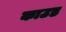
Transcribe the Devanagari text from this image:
काउड